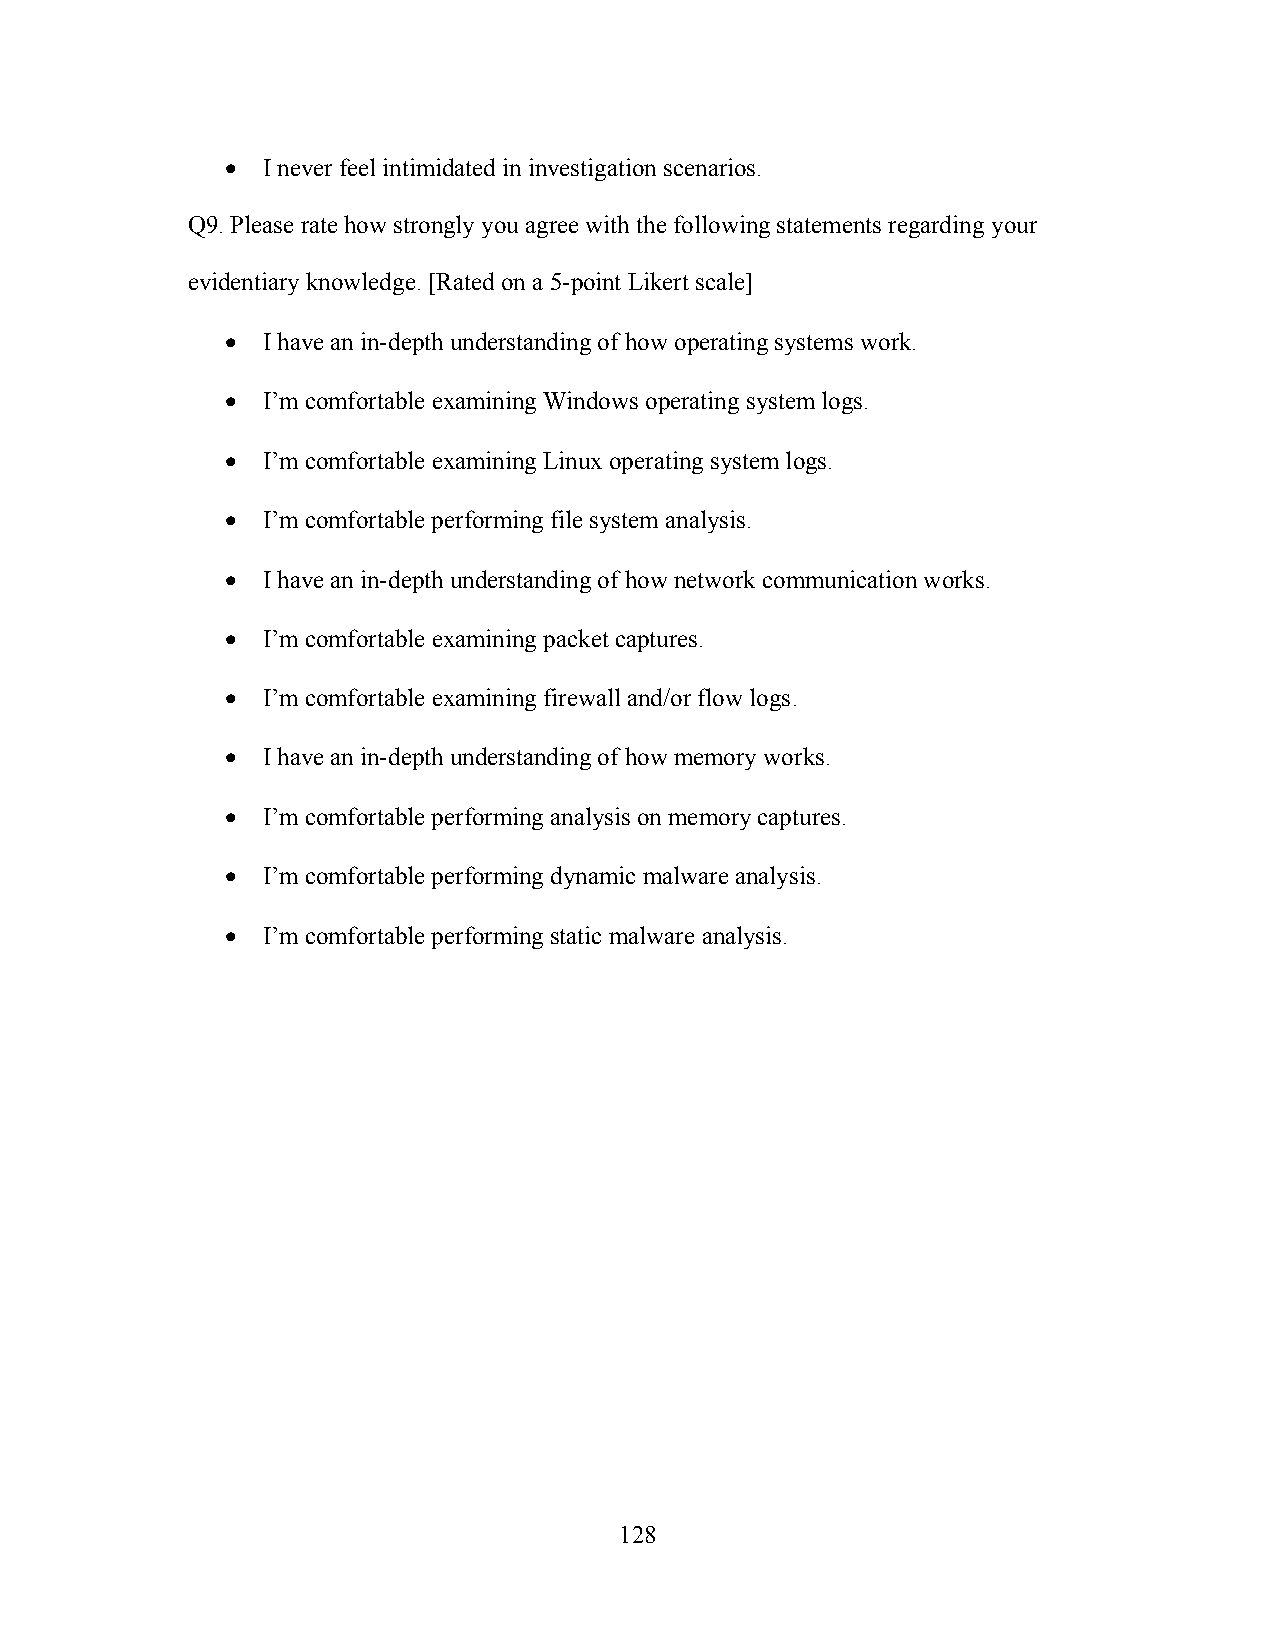
• I never feel intimidated in investigation scenarios.
 Q9. Please rate how strongly you agree with the following statements regarding your
 evidentiary knowledge. [Rated on a 5-point Likert scale]
 • I have an in-depth understanding of how operating systems work.
 • I’m comfortable examining Windows operating system logs.
 • I’m comfortable examining Linux operating system logs.
 • I’m comfortable performing file system analysis.
 • I have an in-depth understanding of how network communication works.
 • I’m comfortable examining packet captures.
 • I’m comfortable examining firewall and/or flow logs.
 • I have an in-depth understanding of how memory works.
 • I’m comfortable performing analysis on memory captures.
 • I’m comfortable performing dynamic malware analysis.
 • I’m comfortable performing static malware analysis.
 128